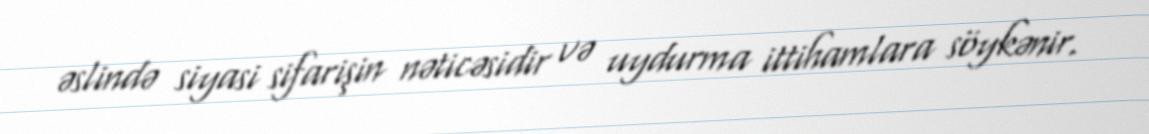
əslində siyasi sifarişin nəticəsidir və uydurma ittihamlara söykənir.